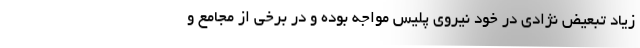
زیاد تبعیض نژادی در خود نیروی پلیس مواجه بوده و در برخی از مجامع و